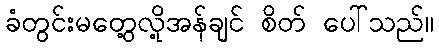
ခံတွင်းမတွေ့လို့အန်ချင် စိတ် ပေါ်သည်။